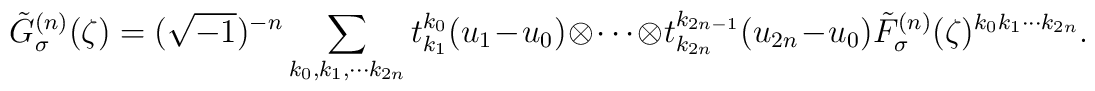
\tilde{G}^{(n)}_\sigma (\zeta)=(\sqrt{-1})^{-n}\sum_{k_0 , k_1 , \cdots k_{2n}} t^{k_0}_{k_1} (u_1 -u_0 ) \otimes \cdots \otimes t^{k_{2n-1}}_{k_{2n}} (u_{2n}-u_0 ) \tilde{F}^{(n)}_\sigma (\zeta)^{k_0 k_1 \cdots k_{2n}}.